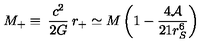
M _ { + } \equiv \: \frac { c ^ { 2 } } { 2 G } \: r _ { + } \simeq M \left( 1 - \frac { 4 { \cal A } } { 2 1 r _ { S } ^ { 6 } } \right)